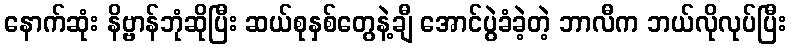
နောက်ဆုံး နိဗ္ဗာန်ဘုံဆိုပြီး ဆယ်စုနှစ်တွေနဲ့ချီ အောင်ပွဲခံခဲ့တဲ့ ဘာလီက ဘယ်လိုလုပ်ပြီး